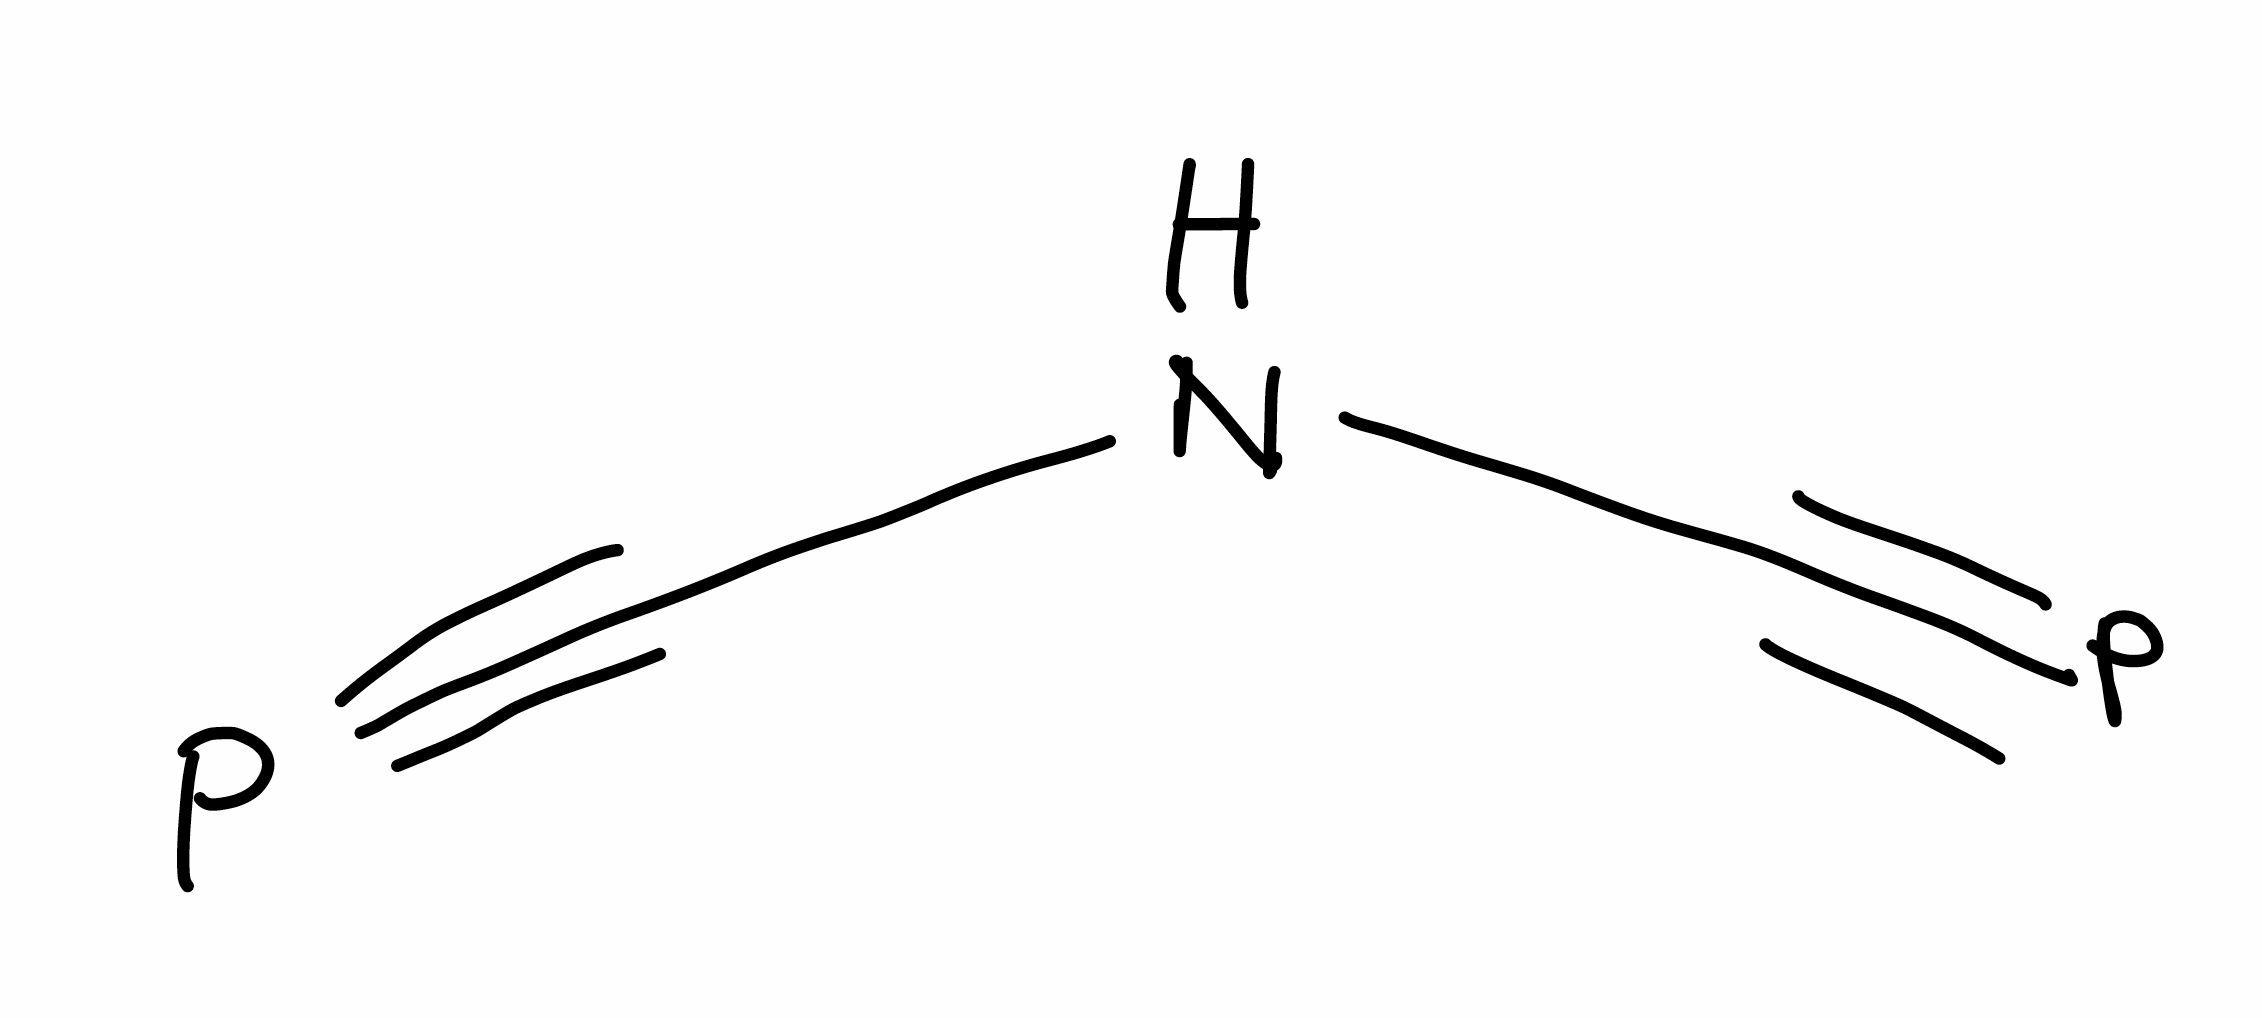
Simplified molecular-input line-entry system (SMILES) notation of the given molecule:
C(#P)NC#P